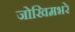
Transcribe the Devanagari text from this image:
जोखिमभरे